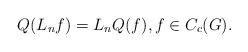
LaTeX: \begin{align*}Q(L_n f)= L_n Q(f) , f\in C_c(G).\end{align*}